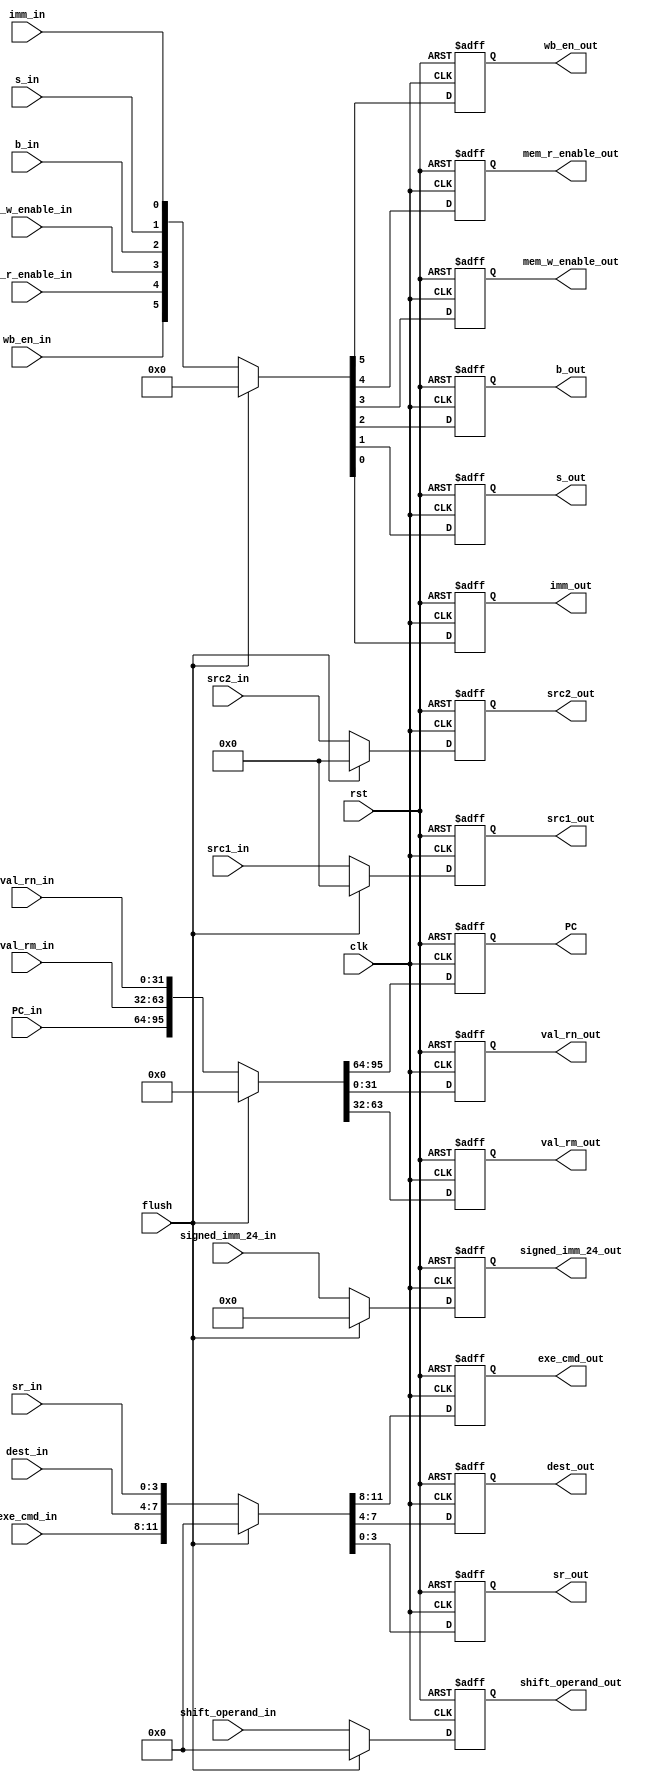
module ID_Stage_Reg(
	input clk, rst, flush, wb_en_in, mem_r_enable_in,
			mem_w_enable_in, b_in, s_in, imm_in,
	input [3:0] exe_cmd_in, dest_in, sr_in, 
	input [11:0] shift_operand_in,
	input [23:0] signed_imm_24_in,
	input [31:0] PC_in, val_rn_in, val_rm_in,
	input [3:0] src1_in, src2_in,
	output reg [3:0] src1_out, src2_out,
	output reg wb_en_out, mem_r_enable_out, mem_w_enable_out,
			b_out, s_out, imm_out,
	output reg [3:0] exe_cmd_out, dest_out, sr_out,
	output reg [11:0] shift_operand_out,
	output reg [23:0] signed_imm_24_out,
	output reg [31:0] PC, val_rn_out, val_rm_out
);
always @(posedge clk, posedge rst)
  begin
	if (rst) begin
		{PC, val_rm_out, val_rn_out} <= 96'd0;
		{signed_imm_24_out} <= 24'd0;
		{shift_operand_out} <= 12'd0;
		{exe_cmd_out, dest_out, sr_out} <= 12'd0;
		{wb_en_out, mem_r_enable_out, mem_w_enable_out, b_out, s_out, imm_out} = 6'd0;
		src1_out <= 4'b0;
		src2_out <= 4'b0;
	end
	else if (flush) begin
		{PC, val_rm_out, val_rn_out} <= 96'd0;
		{signed_imm_24_out} <= 24'd0;
		{shift_operand_out} <= 12'd0;
		{exe_cmd_out, dest_out, sr_out} <= 12'd0;
		{wb_en_out, mem_r_enable_out, mem_w_enable_out, b_out, s_out, imm_out} = 6'd0;
		src1_out <= 4'b0;
		src2_out <= 4'b0;
	end
	else begin
      	{PC, val_rm_out, val_rn_out} <= {PC_in, val_rm_in, val_rn_in};
		{signed_imm_24_out} <= {signed_imm_24_in};
		{shift_operand_out} <= {shift_operand_in};
		{exe_cmd_out, dest_out, sr_out} <= {exe_cmd_in, dest_in, sr_in};
		{wb_en_out, mem_r_enable_out, mem_w_enable_out, b_out, s_out, imm_out} = {wb_en_in, mem_r_enable_in, mem_w_enable_in, b_in, s_in, imm_in};
		src1_out <= src1_in;
		src2_out <= src2_in;
	end
  end
endmodule